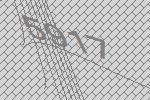
5917